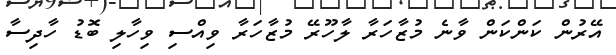
އޭރުން ކަންކަން ވާނެ މުޒާހަރާ ލާހޫރޭ މުޒާހަރާ ވިއްސި ވިހާލި ބޮޑު ހާދިސާ